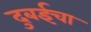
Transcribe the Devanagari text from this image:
दुबईचा